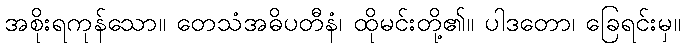
အစိုးရကုန်သော။ တေသံအဓိပတီနံ၊ ထိုမင်းတို့၏။ ပါဒတော၊ ခြေရင်းမှ။